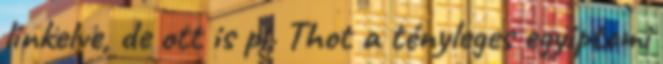
linkelve, de ott is pl. Thot a tényleges egyiptomi